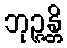
ဘုဉ္ဇန္တိ